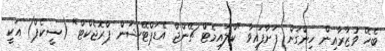
ބެހޭ ވުޒާރާއިން ހިންގަން ފަށާފައިވާ "ކްލައިމެޓް ޗޭންޖް އެޑަޕްޓޭޝަން ޕްރޮޖެކްޓް" (ސީކެޕް) އަކީ